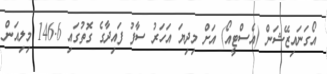
އޯގަނައިޒޭޝަން (އެސްޓީއޯ) އަށް މިދިޔަ އަހަރު ސާފު ފައިދާގެ ގޮތުގައި 146.6 މިލިއަން